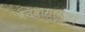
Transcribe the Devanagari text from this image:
वनवासानंतर